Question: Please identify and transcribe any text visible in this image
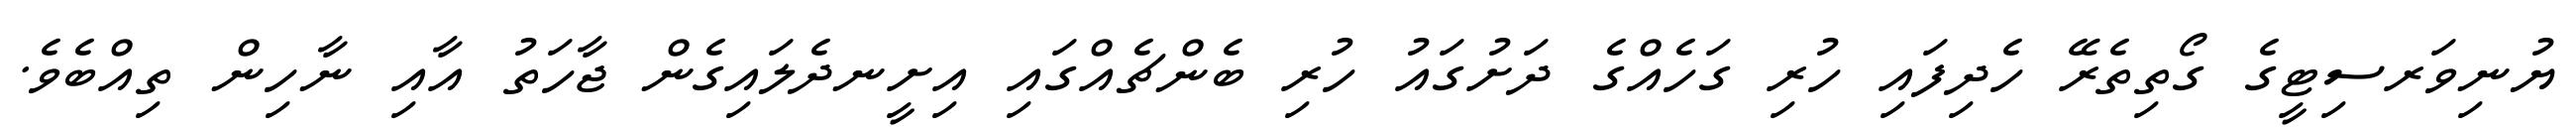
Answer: ޔުނިވަރސިޓީގެ ގޯތިތެރޭ ހެދިފައި ހުރި ގަހެއްގެ ދަށުގައު ހުރި ބެންޗެއްގައި އިށީނދެލައިގެން ޖާހަތު އާއި ނާހިން ތިއްބެވެ.